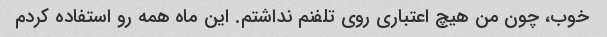
خوب، چون من هیچ اعتباری روی تلفنم نداشتم. این ماه همه رو استفاده کردم